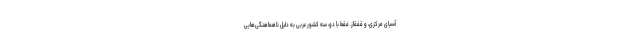
آسیای مرکزی، و قفقاز. فقط با دو، سه کشور عربی به دلیل ناهماهنگی‌هایی